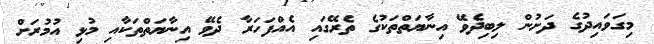
މިގަވައިދުގެ ދަށުން ލިބިދެވޭ އިނާޔަތްތަކުގެ ތެރޭގައި އެއްފަހަރާ ދެވޭ އިނާޔަތްތަކާއި މުޅި އުމުރަށް